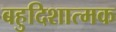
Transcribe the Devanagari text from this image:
बहुदिशात्मक